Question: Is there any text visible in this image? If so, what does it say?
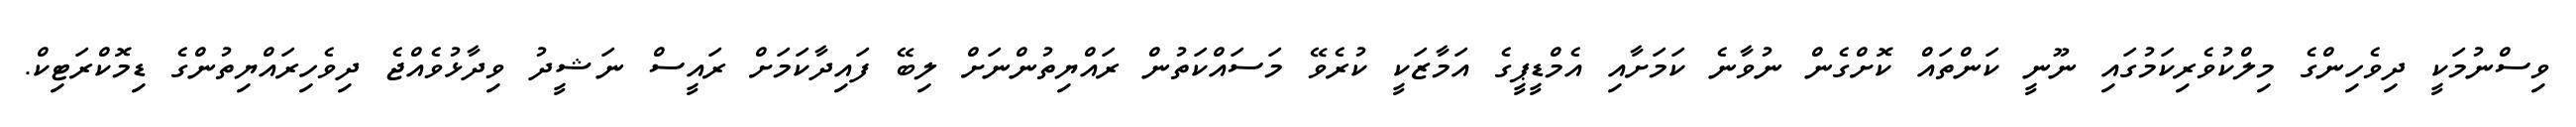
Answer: ވިސްނުމަކީ ދިވެހިންގެ މިލްކުވެރިކަމުގައި ނޫނީ ކަންތައް ކޮށްގެން ނުވާނެ ކަމަށާއި އެމްޑީޕީގެ އަމާޒަކީ ކުރެވޭ މަސައްކަތުން ރައްޔިތުންނަށް ލިބޭ ފައިދާކަމަށް ރައީސް ނަޝީދު ވިދާޅުވެއްޖެ ދިވެހިރައްޔިތުންގެ ޑިމޮކްރަޓިކް.